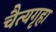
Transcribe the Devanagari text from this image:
चैत्यगृहा